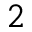
\mathfrak { 2 }